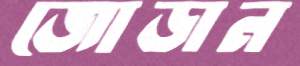
জোড়ান